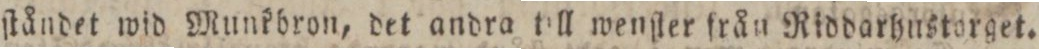
ſtåndet wid Munkbron, det andra till wenſter från Riddarhnstorget.